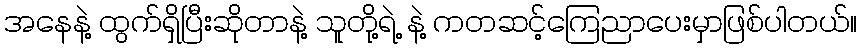
အနေနဲ့ ထွက်ရှိပြီးဆိုတာနဲ့ သူတို့ရဲ့ နဲ့ ကတဆင့်ကြေညာပေးမှာဖြစ်ပါတယ်။